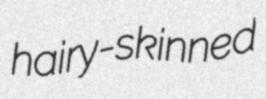
hairy-skinned